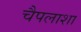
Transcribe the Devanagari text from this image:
चैपलाशा